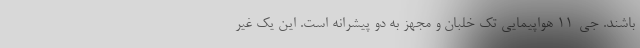
باشند. جی-11 هواپیمایی تک خلبان و مجهز به دو پیشرانه است. این یک غیر